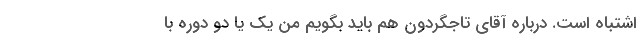
اشتباه است. درباره آقای تاجگردون هم باید بگویم من یک یا دو دوره با